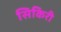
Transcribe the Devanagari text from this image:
सिकिरी